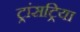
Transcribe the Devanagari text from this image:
ट्रांसट्रिया